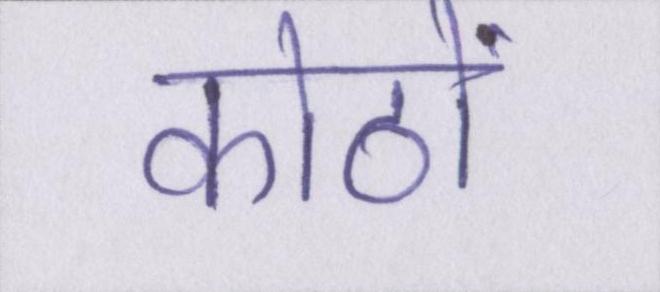
कोठों